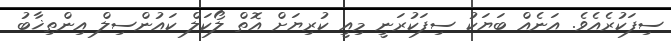
ސިފަކުރެއެވެ. އަނެއް ބަޔަކު ސިފަކުރަނީ މިއީ ކުރިޔަށް އޮތް ލޯކަލް ކައުންސިލް އިންތިޚާބު